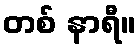
တစ် နာရီ။